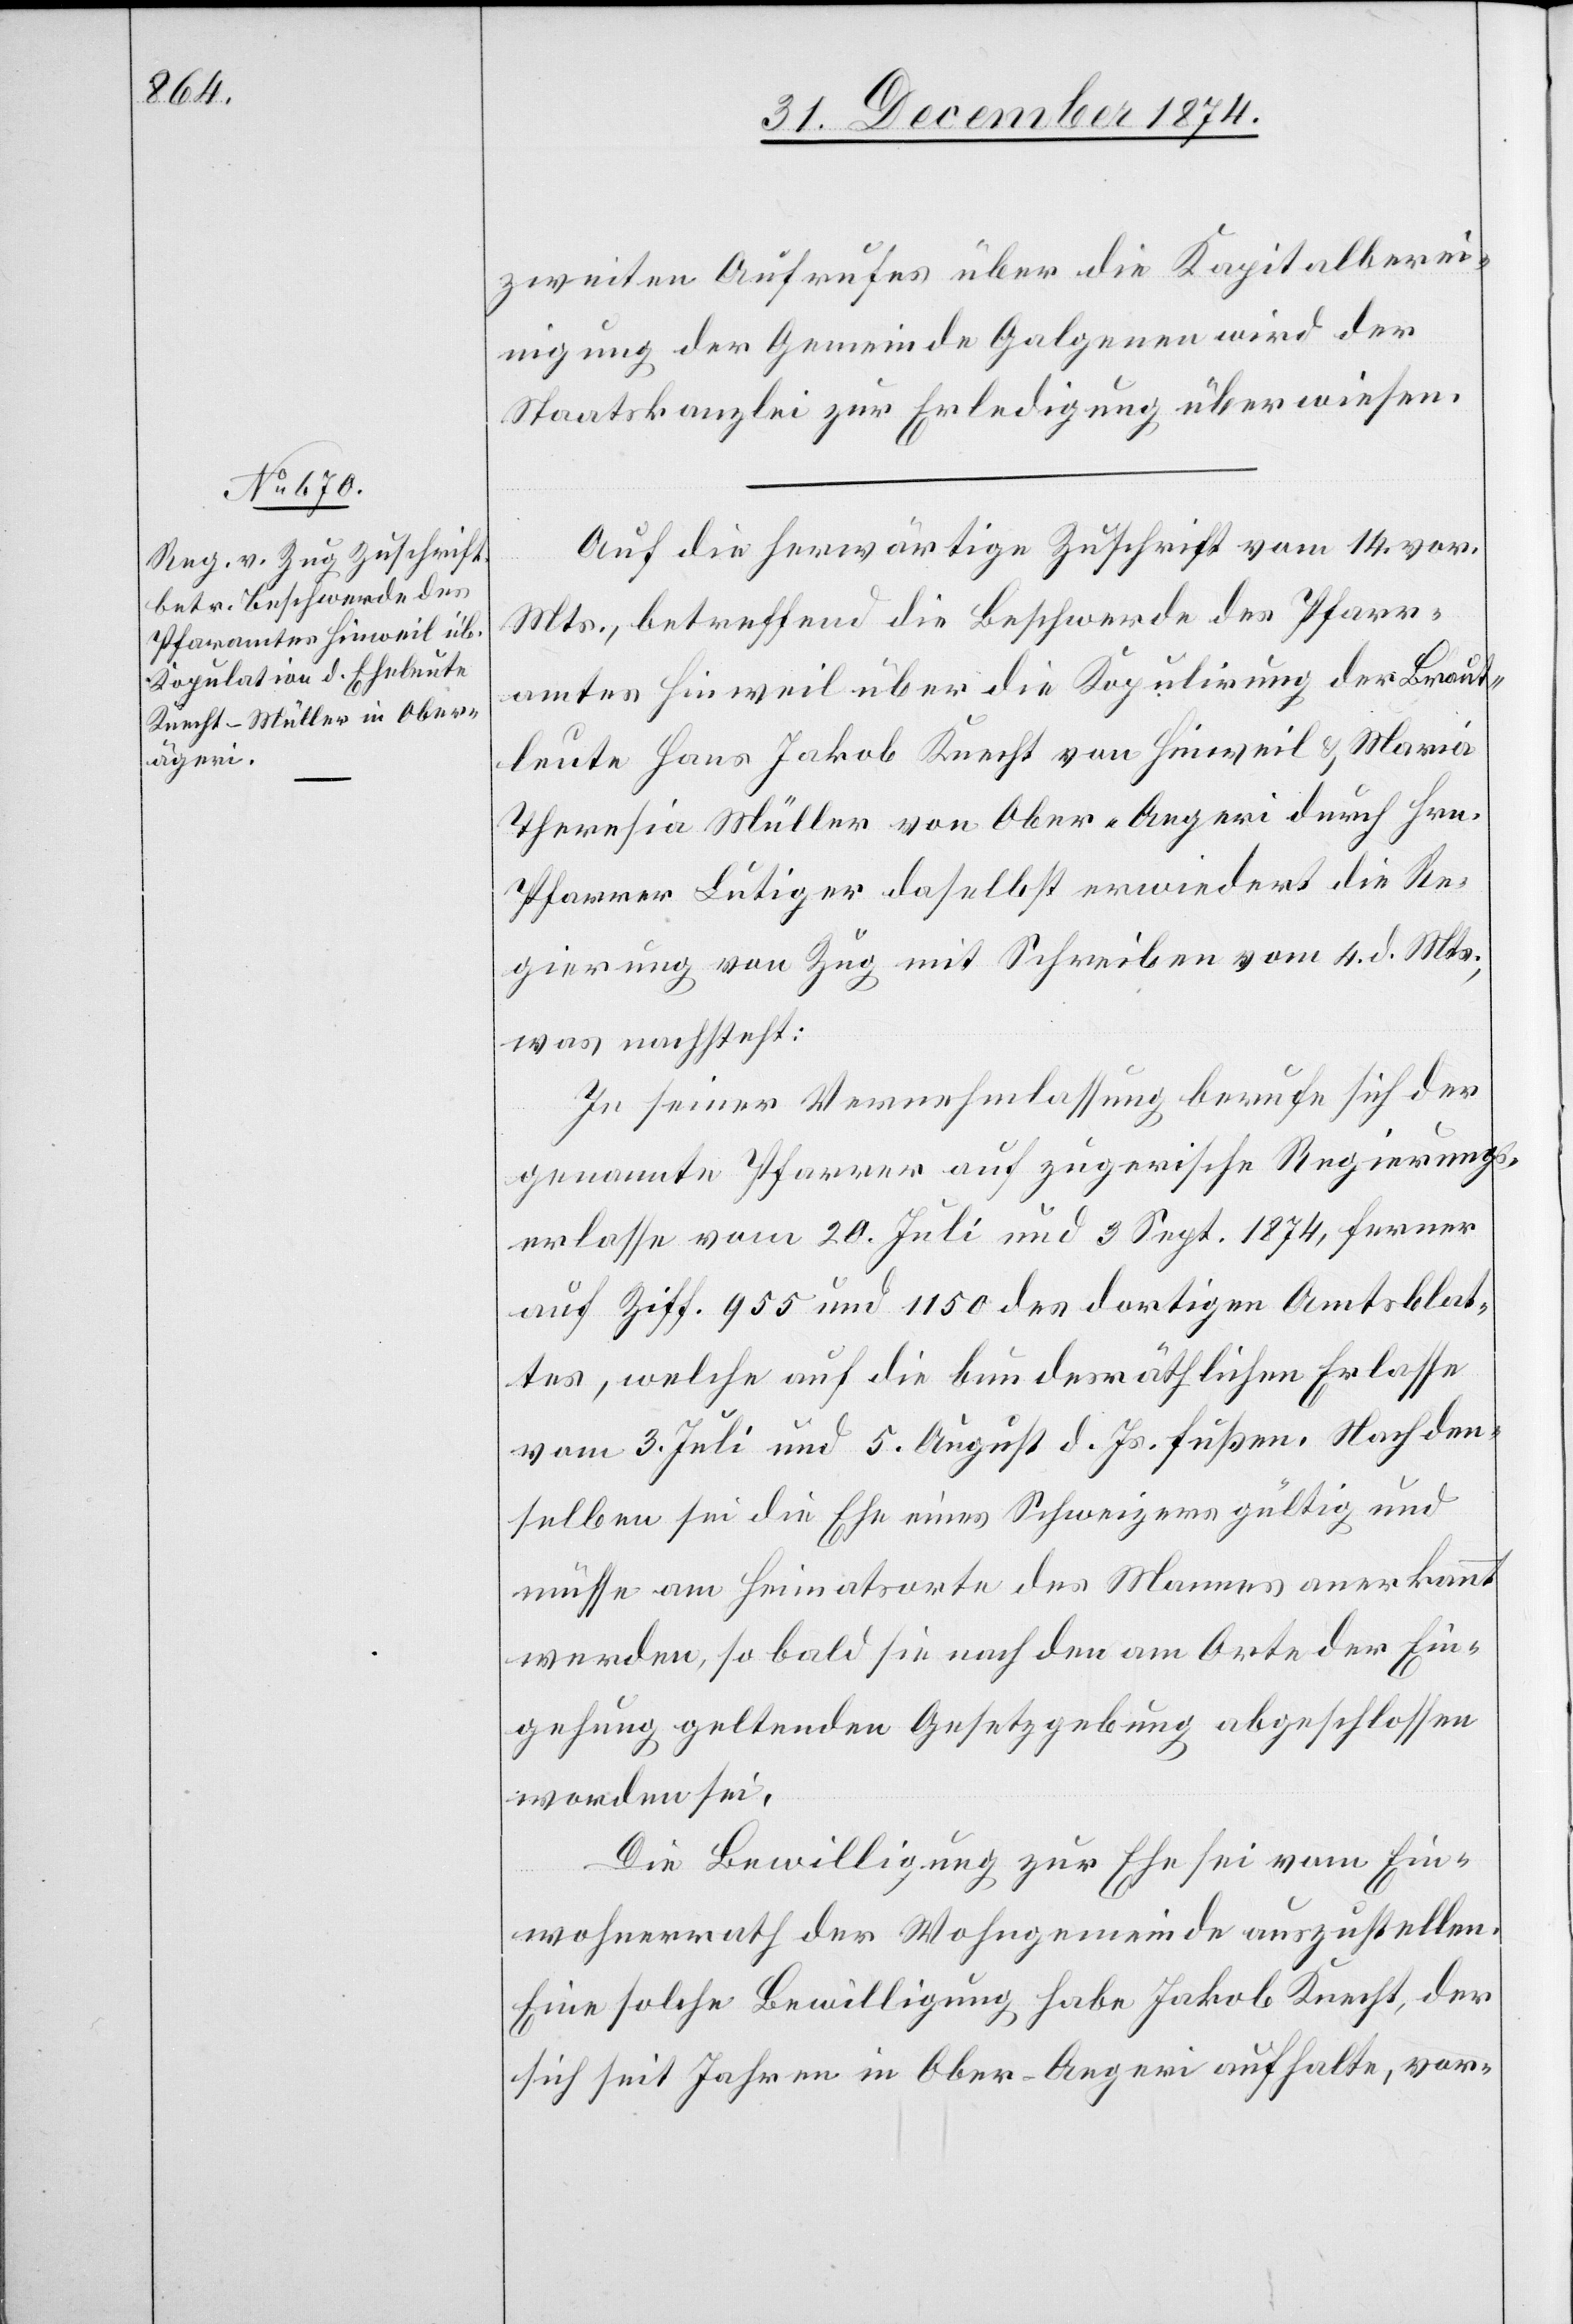
31. December 1874.]
zweiten Aufrufes über die Kapitalberei¬
nigung der Gemeinde Galgenen wird der
Staatskanzlei zur Erledigung überwiesen.
Auf die herwärtige Zuschrift vom 14. vor.
Mts., betreffend die Beschwerde des Pfarr¬
amtes Hinweil über die Kopulirung der Braut¬
leute Hans Jakob Knecht von Hinweil & Maria
Theresia Müller von Ober-Aegeri [sic!] durch Hrn.
Pfarrer Lutiger daselbst erwiedert die Re¬
gierung von Zug mit Schreiben vom 4. d. Mts.,
was nachsteht:
In seiner Vernehmlassung berufe sich der
genannte Pfarrer auf zugerische Regierungs¬
erlasse vom 20. Juli und 3. Sept. 1874, ferner
auf Ziff. 955 und 1150 des dortigen Amtsblat¬
tes, welche auf die bundesräthlichen Erlasse
vom 3. Juli und 5. August d. Js. fußen. Nach den¬
selben sei die Ehe eines Schweizers gültig und
müsse am Heimatsorte des Mannes anerkannt
werden, so bald sie nach der am Orte der Ein¬
gehung geltenden Gesetzgebung abgeschlossen
worden sei.
Die Bewilligung zur Ehe sei vom Ein¬
wohnerrath der Wohngemeinde auszustellen.
Eine solche Bewilligung habe Jakob Knecht, der
sich seit Jahren in Ober-Aegeri aufhalte, vor-